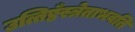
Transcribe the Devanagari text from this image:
उत्तिष्ठँस्त्रेताभवति